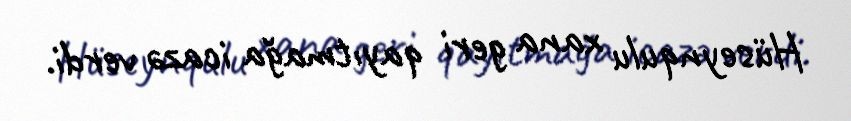
Hüseynqulu xana geri qayıtmağa icazə verdi.